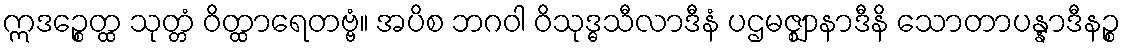
ဣဒဉ္စေတ္ထ သုတ္တံ ဝိတ္ထာရေတဗ္ဗံ။ အပိစ ဘဂဝါ ဝိသုဒ္ဓသီလာဒီနံ ပဌမဇ္ဈာနာဒီနိ သောတာပန္နာဒီနဉ္စ